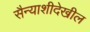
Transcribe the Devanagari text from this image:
सैन्याशीदेखील